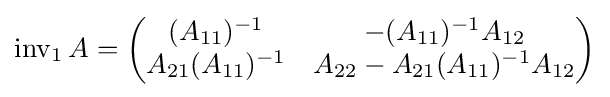
\operatorname {inv} _{1}A={\begin{pmatrix}(A_{11})^{-1}&-(A_{11})^{-1}A_{12}\\A_{21}(A_{11})^{-1}&A_{22}-A_{21}(A_{11})^{-1}A_{12}\end{pmatrix}}